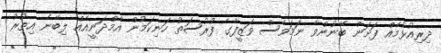
ދިރިއުޅުމެއް ފަށަން ބޭނުންވާ ނަމަވެސް ވަޒީފާގެ ފުރުސަތު ހަނިކަމުން އާމްދަނީއެއް ލިބޭނެ އިތުރު